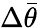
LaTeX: \Delta\bar{\theta}